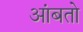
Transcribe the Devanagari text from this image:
आंबतो